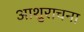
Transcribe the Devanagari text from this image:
आशुराचना